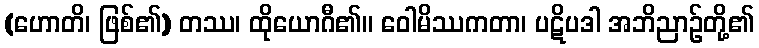
(ဟောတိ၊ ဖြစ်၏) တဿ၊ ထိုယောဂီ၏။ ဝေါမိဿကတာ၊ ပဋိပဒါ အဘိညာဉ်တို့၏